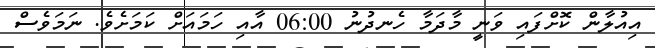
އިއުލާން ކޮށްފައި ވަނީ މާދަމާ ހެނދުނު 06:00 އާއި ހަމައަށް ކަމަށެވެ. ނަމަވެސް